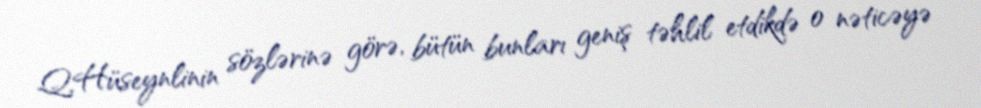
Q.Hüseynlinin sözlərinə görə, bütün bunları geniş təhlil etdikdə o nəticəyə